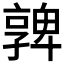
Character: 𡦟